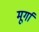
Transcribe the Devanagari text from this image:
मूर्गा